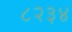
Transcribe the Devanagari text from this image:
८२३४